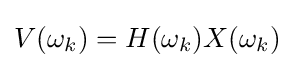
V(\omega _{k})=H(\omega _{k})X(\omega _{k})